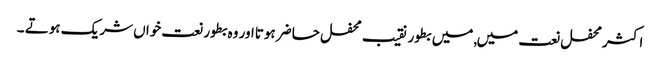
اکثر محفل نعت میں, میں بطور نقیب محفل حاضر ہوتااور وہ بطور نعت خواں شریک ہوتے ۔